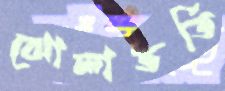
ঝোলাভর্তি